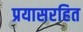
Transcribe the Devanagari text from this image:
प्रयासरहित